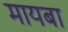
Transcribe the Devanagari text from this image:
मायबा